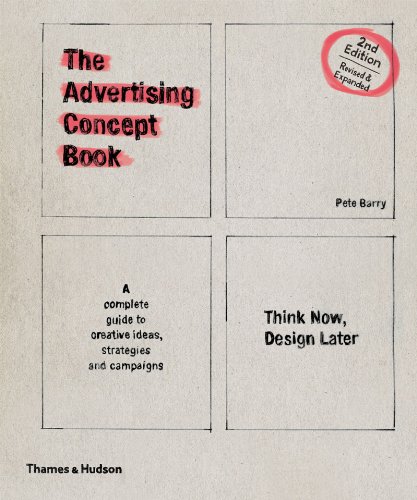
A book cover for Advertising Concept Book (Second Edition); Pete Barry; Business & Money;